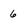
Character: 6